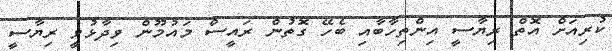
ކުރިއަށް އޮތް ރިޔާސީ އިންތިހާބާއި ބެހޭ ގޮތުން ރައީސް މައުމޫން ވިދާޅުވީ ރިޔާސީ